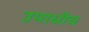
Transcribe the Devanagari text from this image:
उपाधीच